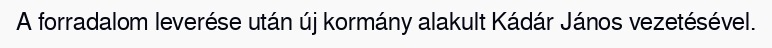
A forradalom leverése után új kormány alakult Kádár János vezetésével.